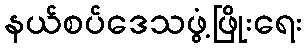
နယ်စပ်ဒေသဖွံ့ဖြိုးရေး